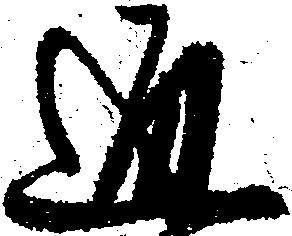
通